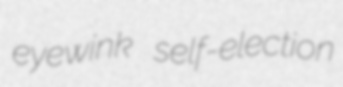
eyewink self-election